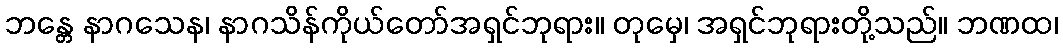
ဘန္တေ နာဂသေန၊ နာဂသိန်ကိုယ်တော်အရှင်ဘုရား။ တုမှေ၊ အရှင်ဘုရားတို့သည်။ ဘဏထ၊